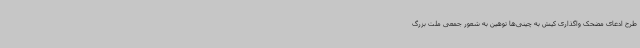
طرح ادعای مضحک واگذاری کیش به چینی‌ها توهین به شعور جمعی ملت بزرگ